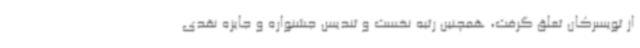
از تویسرکان تعلق گرفت، همچنین رتبه نخست و تندیس جشنواره و جایزه نقدی